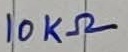
Text: 10KΩ